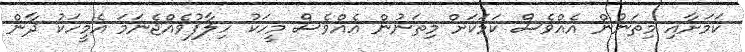
ކަމަށާއި މިތަނުން އެއްވެސް ކަމަކަށް މިތަނުން އެއްވެސް މީހަކު ހިލާފުވެއްޖެނަމަ އެމީހަކު ދާން